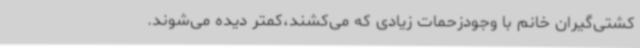
کشتی‌گیران خانم با وجودزحمات زیادی که می‌کشند،کمتر دیده می‌شوند.